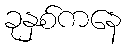
ခုနှစ်ကနေ